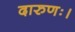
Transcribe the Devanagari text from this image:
दारुणः।